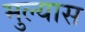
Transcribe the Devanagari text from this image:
मुल्यास